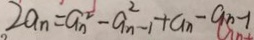
2 a _ { n } = a _ { n } ^ { 2 } - a _ { n - 1 } ^ { 2 } + a _ { n } - a _ { n } - 1